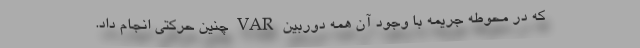
که در محوطه جریمه با وجود آن همه دوربین VAR چنین حرکتی انجام داد.